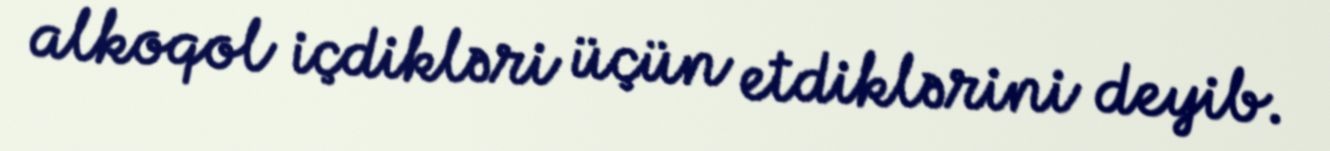
alkoqol içdikləri üçün etdiklərini deyib.